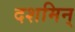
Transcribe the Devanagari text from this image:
दशमिन्‌